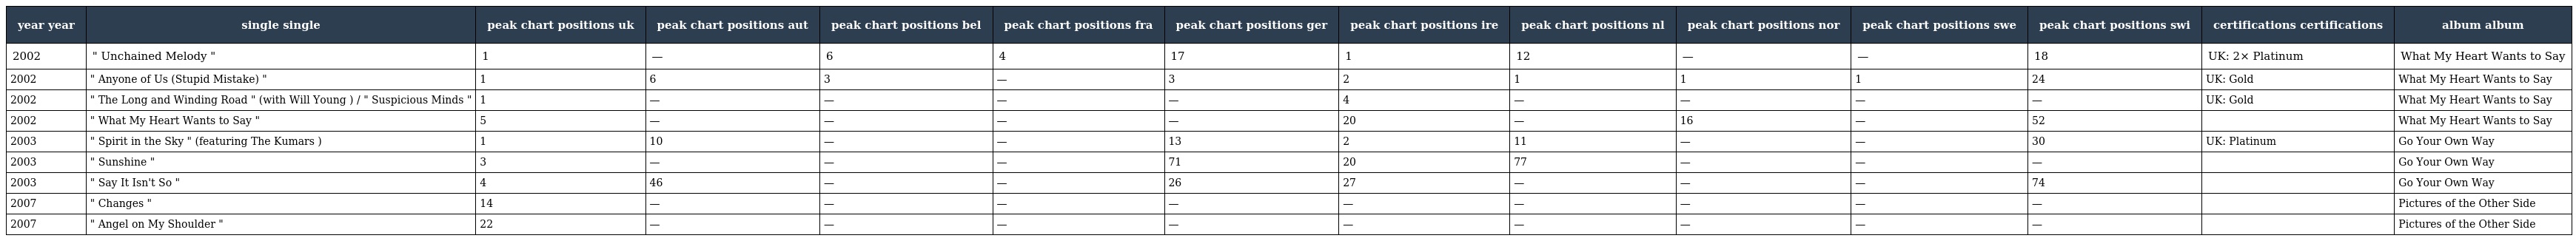
| year year | single single | peak chart positions uk | peak chart positions aut | peak chart positions bel | peak chart positions fra | peak chart positions ger | peak chart positions ire | peak chart positions nl | peak chart positions nor | peak chart positions swe | peak chart positions swi | certifications certifications | album album |
 | --- | --- | --- | --- | --- | --- | --- | --- | --- | --- | --- | --- | --- | --- |
 | 2002 | " Unchained Melody " | 1 | — | 6 | 4 | 17 | 1 | 12 | — | — | 18 | UK: 2× Platinum | What My Heart Wants to Say |
 | 2002 | " Anyone of Us (Stupid Mistake) " | 1 | 6 | 3 | — | 3 | 2 | 1 | 1 | 1 | 24 | UK: Gold | What My Heart Wants to Say |
 | 2002 | " The Long and Winding Road " (with Will Young ) / " Suspicious Minds " | 1 | — | — | — | — | 4 | — | — | — | — | UK: Gold | What My Heart Wants to Say |
 | 2002 | " What My Heart Wants to Say " | 5 | — | — | — | — | 20 | — | 16 | — | 52 |  | What My Heart Wants to Say |
 | 2003 | " Spirit in the Sky " (featuring The Kumars ) | 1 | 10 | — | — | 13 | 2 | 11 | — | — | 30 | UK: Platinum | Go Your Own Way |
 | 2003 | " Sunshine " | 3 | — | — | — | 71 | 20 | 77 | — | — | — |  | Go Your Own Way |
 | 2003 | " Say It Isn't So " | 4 | 46 | — | — | 26 | 27 | — | — | — | 74 |  | Go Your Own Way |
 | 2007 | " Changes " | 14 | — | — | — | — | — | — | — | — | — |  | Pictures of the Other Side |
 | 2007 | " Angel on My Shoulder " | 22 | — | — | — | — | — | — | — | — | — |  | Pictures of the Other Side |